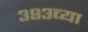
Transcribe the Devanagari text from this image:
३९३व्या